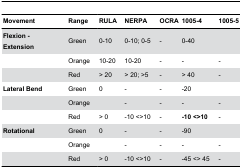
<table><thead><tr><td><b>Movement</b></td><td><b>Range</b></td><td><b>RULA</b></td><td><b>NERPA</b></td><td><b>OCRA</b></td><td><b>1005-4</b></td><td><b>1005-5</b></td></tr></thead><tbody><tr><td><b>Flexion - Extension</b></td><td>Green</td><td>0-10</td><td>0-10; 0-5</td><td>-</td><td>0-40</td><td>[EMPTY_CELL]</td></tr><tr><td>[EMPTY_CELL]</td><td>Orange</td><td>10-20</td><td>10-20</td><td>-</td><td>-</td><td>-</td></tr><tr><td>[EMPTY_CELL]</td><td>Red</td><td>&gt; 20</td><td>&gt; 20; &gt;5</td><td>-</td><td>&gt; 40</td><td>-</td></tr><tr><td><b>Lateral Bend</b></td><td>Green</td><td>0</td><td>-</td><td>-</td><td>-20</td><td>[EMPTY_CELL]</td></tr><tr><td>[EMPTY_CELL]</td><td>Orange</td><td>[EMPTY_CELL]</td><td>-</td><td>-</td><td>-</td><td>-</td></tr><tr><td>[EMPTY_CELL]</td><td>Red</td><td>&gt; 0</td><td>-10 &lt;&gt;10</td><td>-</td><td><b>-10 &lt;&gt;10</b></td><td>-</td></tr><tr><td><b>Rotational</b></td><td>Green</td><td>0</td><td>-</td><td>-</td><td>-90</td><td>[EMPTY_CELL]</td></tr><tr><td>[EMPTY_CELL]</td><td>Orange</td><td>[EMPTY_CELL]</td><td>-</td><td>-</td><td>-</td><td>-</td></tr><tr><td>[EMPTY_CELL]</td><td>Red</td><td>&gt; 0</td><td>-10 &lt;&gt;10</td><td>-</td><td>-45 &lt;&gt; 45</td><td>-</td></tr></tbody></table>